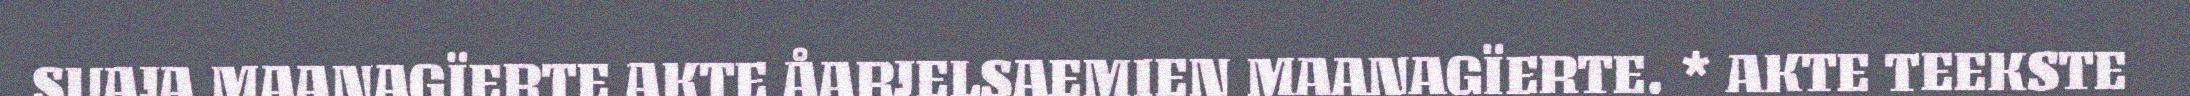
SUAJA MAANAGÏERTE AKTE ÅARJELSAEMIEN MAANAGÏERTE. * AKTE TEEKSTE